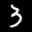
Label: 3